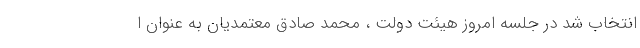
انتخاب شد در جلسه امروز هیئت دولت ، محمد صادق معتمدیان به عنوان ا